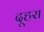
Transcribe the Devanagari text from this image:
दूहरा